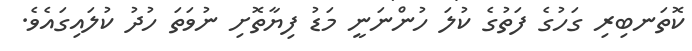
ކޮތަނބިރި ގަހުގެ ފަތުގެ ކުލަ ހުންނަނީ މަޑު ފިޔާތޮށި ނުވަތަ ހުދު ކުލައިގައެވެ.